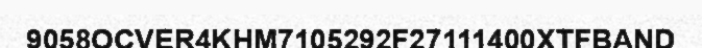
9058OCVER4KHM7105292F27111400XTFBAND